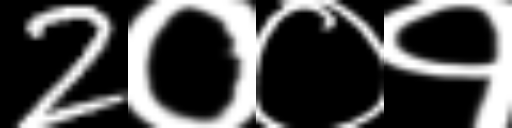
Text: 2००१